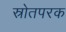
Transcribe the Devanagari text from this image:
स्रोतपरक